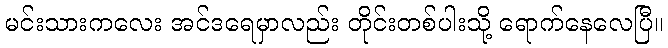
မင်းသားကလေး အင်ဒရေမှာလည်း တိုင်းတစ်ပါးသို့ ရောက်နေလေပြီ။